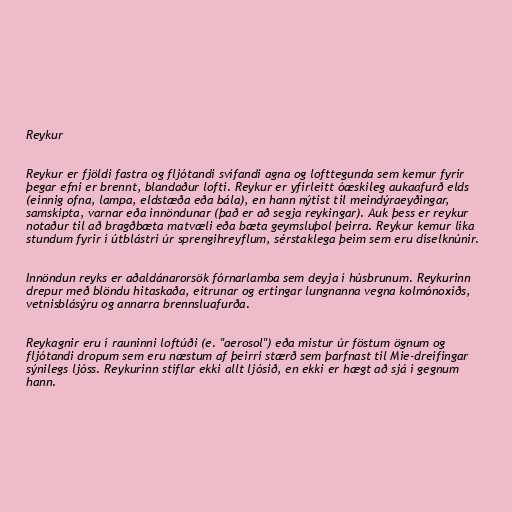
Reykur

Reykur er fjöldi fastra og fljótandi svífandi agna og lofttegunda sem kemur fyrir
þegar efni er brennt, blandaður lofti. Reykur er yfirleitt óæskileg aukaafurð elds
(einnig ofna, lampa, eldstæða eða bála), en hann nýtist til meindýraeyðingar,
samskipta, varnar eða innöndunar (það er að segja reykingar). Auk þess er reykur
notaður til að bragðbæta matvæli eða bæta geymsluþol þeirra. Reykur kemur líka
stundum fyrir í útblástri úr sprengihreyflum, sérstaklega þeim sem eru díselknúnir.

Innöndun reyks er aðaldánarorsök fórnarlamba sem deyja í húsbrunum. Reykurinn
drepur með blöndu hitaskaða, eitrunar og ertingar lungnanna vegna kolmónoxíðs,
vetnisblásýru og annarra brennsluafurða.

Reykagnir eru í rauninni loftúði (e. "aerosol") eða mistur úr föstum ögnum og
fljótandi dropum sem eru næstum af þeirri stærð sem þarfnast til Mie-dreifingar
sýnilegs ljóss. Reykurinn stíflar ekki allt ljósið, en ekki er hægt að sjá í gegnum
hann.